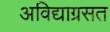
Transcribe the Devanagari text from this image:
अविद्याग्रसत